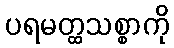
ပရမတ္ထသစ္စာကို